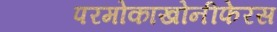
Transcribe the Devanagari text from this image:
परमोकाखोनीफेरस